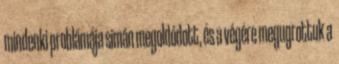
mindenki problámája simán megoldódott, és a végére megugrottuk a